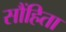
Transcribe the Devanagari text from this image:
सौंहिता